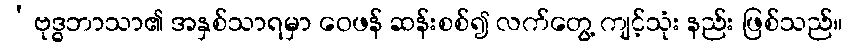
‘ဗုဒ္ဓဘာသာ၏ အနှစ်သာရမှာ ဝေဖန် ဆန်းစစ်၍ လက်တွေ့ ကျင့်သုံး နည်း ဖြစ်သည်။